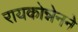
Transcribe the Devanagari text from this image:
रायकोन्नेनने